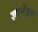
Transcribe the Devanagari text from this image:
ज्ञानेंद्रय